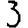
Digit: 3